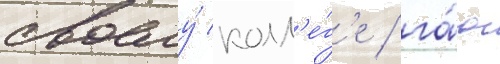
своему́ колл'е́г'е / га́ю